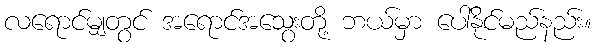
လရောင်မျှတွင် အရောင်အသွေးတို့ ဘယ်မှာ ပေါ်နိုင်မည်နည်း။